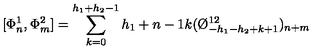
[ \Phi _ { n } ^ { 1 } , \Phi _ { m } ^ { 2 } ] = \sum _ { k = 0 } ^ { h _ { 1 } + h _ { 2 } - 1 } { \binom { h _ { 1 } + n - 1 } { k } } ( \O _ { - h _ { 1 } - h _ { 2 } + k + 1 } ^ { 1 2 } ) _ { n + m }